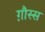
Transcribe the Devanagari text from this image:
ग़ौस्स